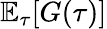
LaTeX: \mathbb{E}_{\tau}[G(\tau)]